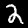
Label: 2